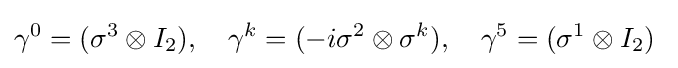
\gamma ^{0}=(\sigma ^{3}\otimes I_{2}),\quad \gamma ^{k}=(-i\sigma ^{2}\otimes \sigma ^{k}),\quad \gamma ^{5}=(\sigma ^{1}\otimes I_{2})~